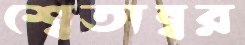
শ্বেতাম্বর